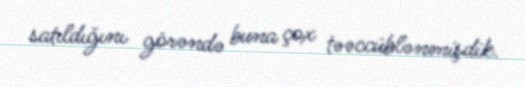
satıldığını görəndə buna çox təəccüblənmişdik.